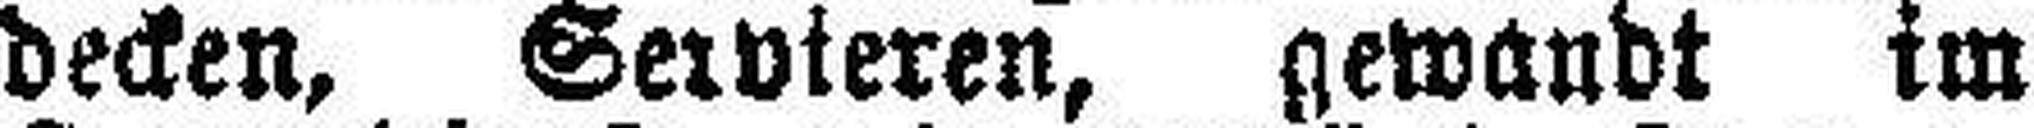
decken, Servieren, gewandt im